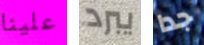
علينا يبرد جدا